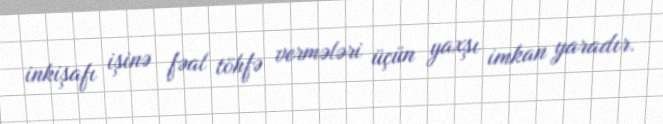
inkişafı işinə fəal töhfə vermələri üçün yaxşı imkan yaradır.